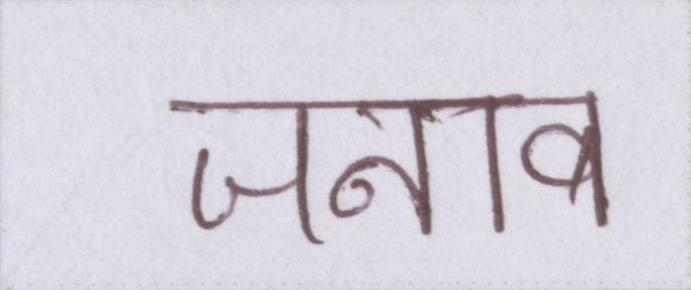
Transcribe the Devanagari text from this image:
जनाब